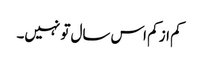
کم از کم اس سال تو نہیں۔